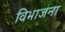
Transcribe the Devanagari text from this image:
विभाजना